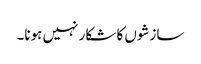
سازشوں کا شکار نہیں ہونا۔